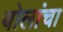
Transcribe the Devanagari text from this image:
बोलांचा